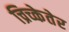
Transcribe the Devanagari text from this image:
च्रिच्केतेर